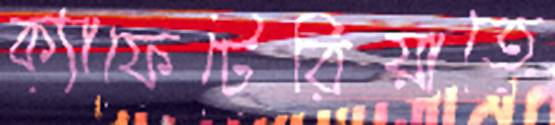
ক্যাফেটেরিয়াতে